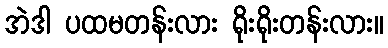
အဲဒါ ပထမတန်းလား ရိုးရိုးတန်းလား။